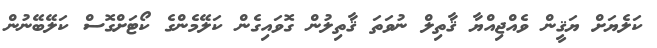
ކަލެޔަށް ޔަޤީން ވެއްޖިއްޔާ ޤާތިލް ނުވަތަ ޤާތިލުން ގޮވައިގެން ކަލޭމެންގެ ކޯޓަށްގޮސް ކަލޭބޭނުން